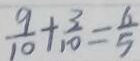
\frac { 9 } { 1 0 } + \frac { 3 } { 1 0 } = \frac { 6 } { 5 }